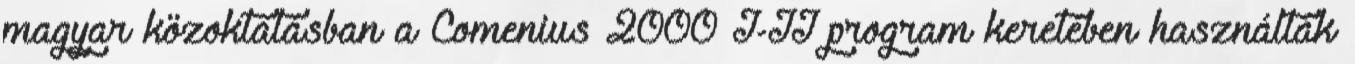
magyar közoktatásban a Comenius 2000 I-II program keretében használták